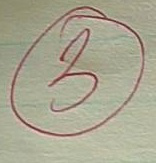
3